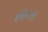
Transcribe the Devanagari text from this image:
क्वीनला